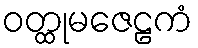
ဝတ္ထုမဇေဠကံ